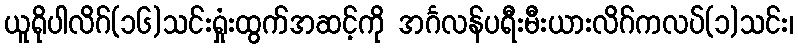
ယူရိုပါလိဂ်(၁၆)သင်းရှုံးထွက်အဆင့်ကို အင်္ဂလန်ပရီးမီးယားလိဂ်ကလပ်(၁)သင်း၊